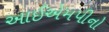
આઈએમપીનો